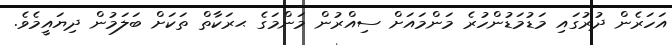
އަހަރެން ދުރުގައި މަޑުމަޑުންހުރެ މަންމައަށް ސިއްރުން މަންމަގެ ޙރަކާތް ތަކަށް ބަލަމުން ދިޔައީމެވެ.